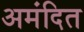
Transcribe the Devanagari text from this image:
अमंदित